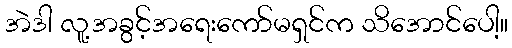
အဲဒါ လူ့အခွင့်အရေးကော်မရှင်က သိအောင်ပေါ့။